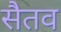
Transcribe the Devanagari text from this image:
सैतव